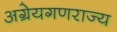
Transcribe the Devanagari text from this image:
अग्रेयगणराज्य